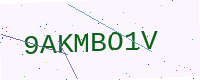
Text: 9AKMBO1V